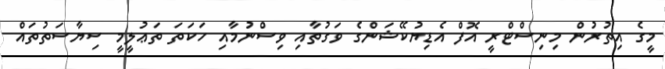
މީގެ އިތުރުން މިނިސްޓްރީ އޮފް އެޑިޔުކޭޝަންގެ ވަގުތާއި ވިސްނުމާއި ހަކަތަ ތަޢުލީމީ ސިޔާސަތުތައް